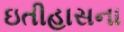
ઇતીહાસના